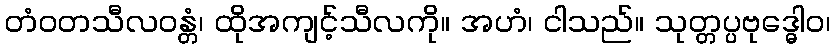
တံဝတသီလဝန္တံ၊ ထိုအကျင့်သီလကို။ အဟံ၊ ငါသည်။ သုတ္တပ္ပဗုဒ္ဓေါဝ၊